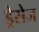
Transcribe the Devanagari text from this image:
ड्रेसेज